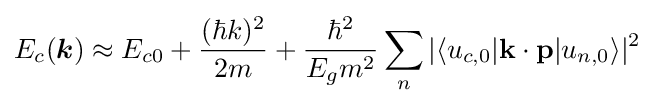
E_{c}({\boldsymbol {k}})\approx E_{c0}+{\frac {(\hbar k)^{2}}{2m}}+{\frac {\hbar ^{2}}{{E_{g}}m^{2}}}\sum _{n}{|\langle u_{c,0}|\mathbf {k} \cdot \mathbf {p} |u_{n,0}\rangle |^{2}}